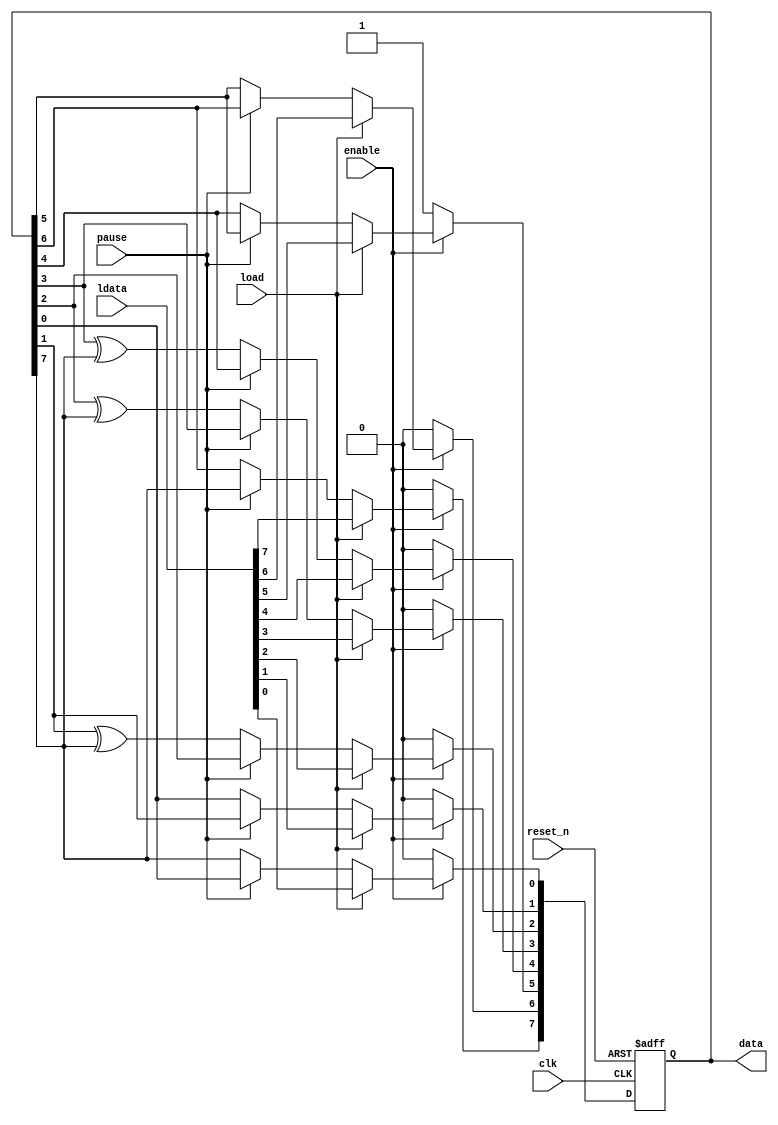
module nios_altmemddr_0_ex_lfsr8 (
clk, reset_n, enable, pause, load, data, ldata);
   parameter seed  = 32;
   input clk;
   input reset_n;
   input enable;
   input pause;
   input load;
   output[8 - 1:0] data;
   wire[8 - 1:0] data;
   input[8 - 1:0] ldata;
   reg[8 - 1:0] lfsr_data;
   assign data = lfsr_data ;
   always @(posedge clk or negedge reset_n)
   begin
      if (!reset_n)
      begin
         lfsr_data <= seed[7:0] ;
      end
      else
      begin
         if (!enable)
         begin
            lfsr_data <= seed[7:0];
         end
         else
         begin
            if (load)
            begin
               lfsr_data <= ldata ;
            end
            else
            begin
               if (!pause)
               begin
                  lfsr_data[0] <= lfsr_data[7] ;
                  lfsr_data[1] <= lfsr_data[0] ;
                  lfsr_data[2] <= lfsr_data[1] ^ lfsr_data[7] ;
                  lfsr_data[3] <= lfsr_data[2] ^ lfsr_data[7] ;
                  lfsr_data[4] <= lfsr_data[3] ^ lfsr_data[7] ;
                  lfsr_data[5] <= lfsr_data[4] ;
                  lfsr_data[6] <= lfsr_data[5] ;
                  lfsr_data[7] <= lfsr_data[6] ;
               end
            end
         end
      end
   end
endmodule